Report of the Indian Hemp Drugs Commission, 1894-1895 - Volume V
Year: 1894
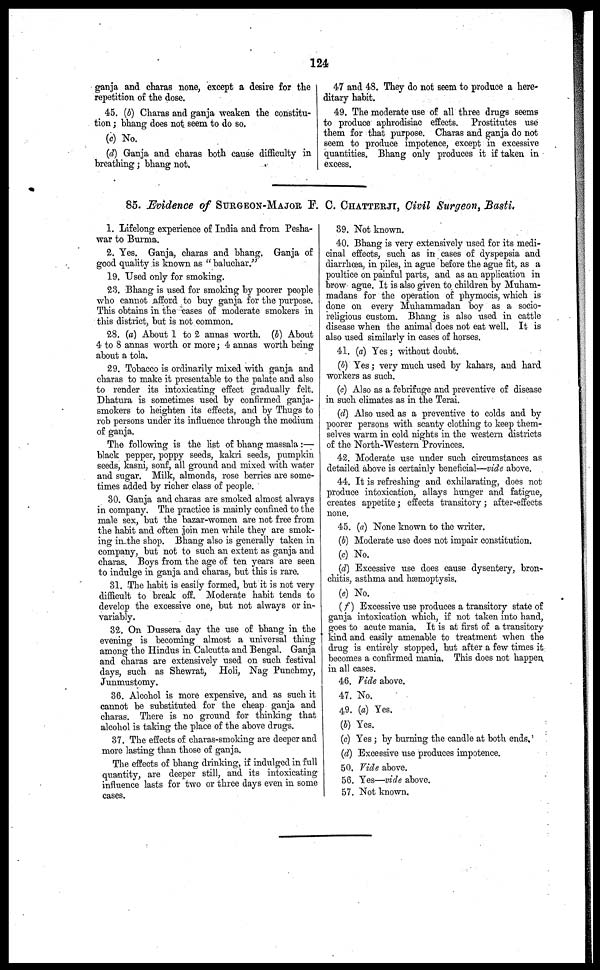
124
ganja and charas none, except a desire for the
repetition of the dose.
45. (b) Charas and ganja weaken the constitu-
tion ; bhang does not seem to do so.
(c) No.
(d) Ganja and charas both cause difficulty in
breathing; bhang not.
47 and 48. They do not seem to produce a here-
ditary habit.
49. The moderate use of all three drugs seems
to produce aphrodisiac effects. Prostitutes use
them for that purpose. Charas and ganja do not
seem to produce impotence, except in excessive
quantities. Bhang only produces it if taken in
excess.
85. Evidence of SURGEON-MAJOR F. C. CHATTERJI, Civil Surgeon, Basti.
1. Lifelong experience of India and from Pesha-
war to Burma.
2. Yes. Ganja, charas and bhang. Ganja of
good quality is known as " baluchar."
19. Used only for smoking.
23. Bhang is used for smoking by poorer people
who cannot afford to buy ganja for the purpose.
This obtains in the cases of moderate smokers in
this district, but is not common.
28. (a) About 1 to 2 annas worth. (b) About
4 to 8 annas worth or more; 4 annas worth being
about a tola.
29. Tobacco is ordinarily mixed with ganja and
charas to make it presentable to the palate and also
to render its intoxicating effect gradually felt.
Dhatura is sometimes used by confirmed ganja-
smokers to heighten its effects, and by Thugs to
rob persons under its influence through the medium
of ganja.
The following is the list of bhang massala :—
black pepper, poppy seeds, kakri seeds, pumpkin
seeds, kasni, sonf, all ground and mixed with water
and sugar. Milk, almonds, rose berries are some-
times added by richer class of people.
30. Ganja and charas are smoked almost always
in company. The practice is mainly confined to the
male sex, but the bazar-women are not free from
the habit and often join men while they are smok-
ing in the shop. Bhang also is generally taken in
company, but not to such an extent as ganja and
charas. Boys from the age of ten years are seen
to indulge in ganja and charas, but this is rare.
31. The habit is easily formed, but it is not very
difficult to break off. Moderate habit tends to
develop the excessive one, but not always or in-
variably.
32. On Dussera day the use of bhang in the
evening is becoming almost a universal thing
among the Hindus in Calcutta and Bengal. Ganja
and charas are extensively used on such festival
days, such as Shewrat, Holi, Nag Punchmy,
Junmustomy.
36. Alcohol is more expensive, and as such it
cannot be substituted for the cheap ganja and
charas. There is no ground for thinking that
alcohol is taking the place of the above drugs.
37. The effects of charas-smoking are deeper and
more lasting than those of ganja.
The effects of bhang drinking, if indulged in full
quantity, are deeper still, and its intoxicating
influence lasts for two or three days even in some
cases.
39. Not known.
40. Bhang is very extensively used for its medi-
cinal effects, such as in cases of dyspepsia and
diarrhoea, in piles, in ague before the ague fit, as a
poultice on painful parts, and as an application in
brow ague. It is also given to children by Muham-
madans for the operation of phymocis, which is
done on every Muhammadan boy as a socio-
religious custom. Bhang is also used in cattle
disease when the animal does not eat well. It is
also used similarly in cases of horses.
41. (a) Yes; without doubt.
(b) Yes; very much used by kahars, and hard
workers as such.
(c) Also as a febrifuge and preventive of disease
in such climates as in the Terai.
(d) Also used as a preventive to colds and by
poorer persons with scanty clothing to keep them-
selves warm in cold nights in the western districts
of the North-Western Provinces.
42. Moderate use under such circumstances as
detailed above is certainly beneficial—vide above.
44. It is refreshing and exhilarating, does not
produce intoxication, allays hunger and fatigue,
creates appetite; effects transitory; after-effects
none.
45. (a) None known to the writer.
(b) Moderate use does not impair constitution.
(c) No.
(d) Excessive use does cause dysentery, bron-
chitis, asthma and hæmoptysis.
(e) No.
(f) Excessive use produces a transitory state of
ganja intoxication which, if not taken into hand,
goes to acute mania. It is at first of a transitory
kind and easily amenable to treatment when the
drug is entirely stopped, but after a few times it
becomes a confirmed mania. This does not happen
in all cases.
46. Fide above.
47. No.
49. (a) Yes.
(b) Yes.
(c) Yes; by burning the candle at both ends.
(d) Excessive use produces impotence.
50. Vide above.
56. Yes—vide above.
57. Not known.